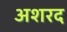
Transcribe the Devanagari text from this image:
अशरद